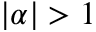
| \alpha | > 1